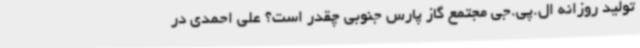
تولید روزانه ال.پی.جی مجتمع گاز پارس جنوبی چقدر است؟ علی احمدی در